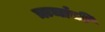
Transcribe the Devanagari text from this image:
ऋचांची